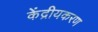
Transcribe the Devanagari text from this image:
केंद्रीयकरण